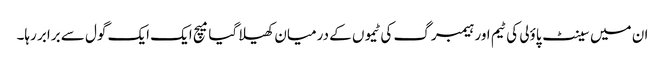
ان میں سینٹ پاؤلی کی ٹیم اور ہیمبرگ کی ٹیموں کے درمیان کھیلا گیا میچ ایک ایک گول سے برابر رہا۔